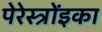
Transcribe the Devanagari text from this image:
पेरेस्त्रोंइका